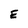
Character: E